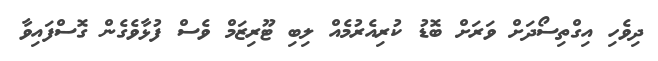
ދިވެހި އިގްތިސޯދަށް ވަރަށް ބޮޑު ކުރިއެރުމެއް ލިބި ޓޫރިޒަމް ވެސް ފުޅާވެގެން ގޮސްފައިވާ